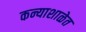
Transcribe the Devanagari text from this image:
कन्याशाळेत